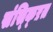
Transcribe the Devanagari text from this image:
संस्क्ऱित